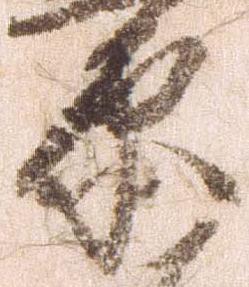
原